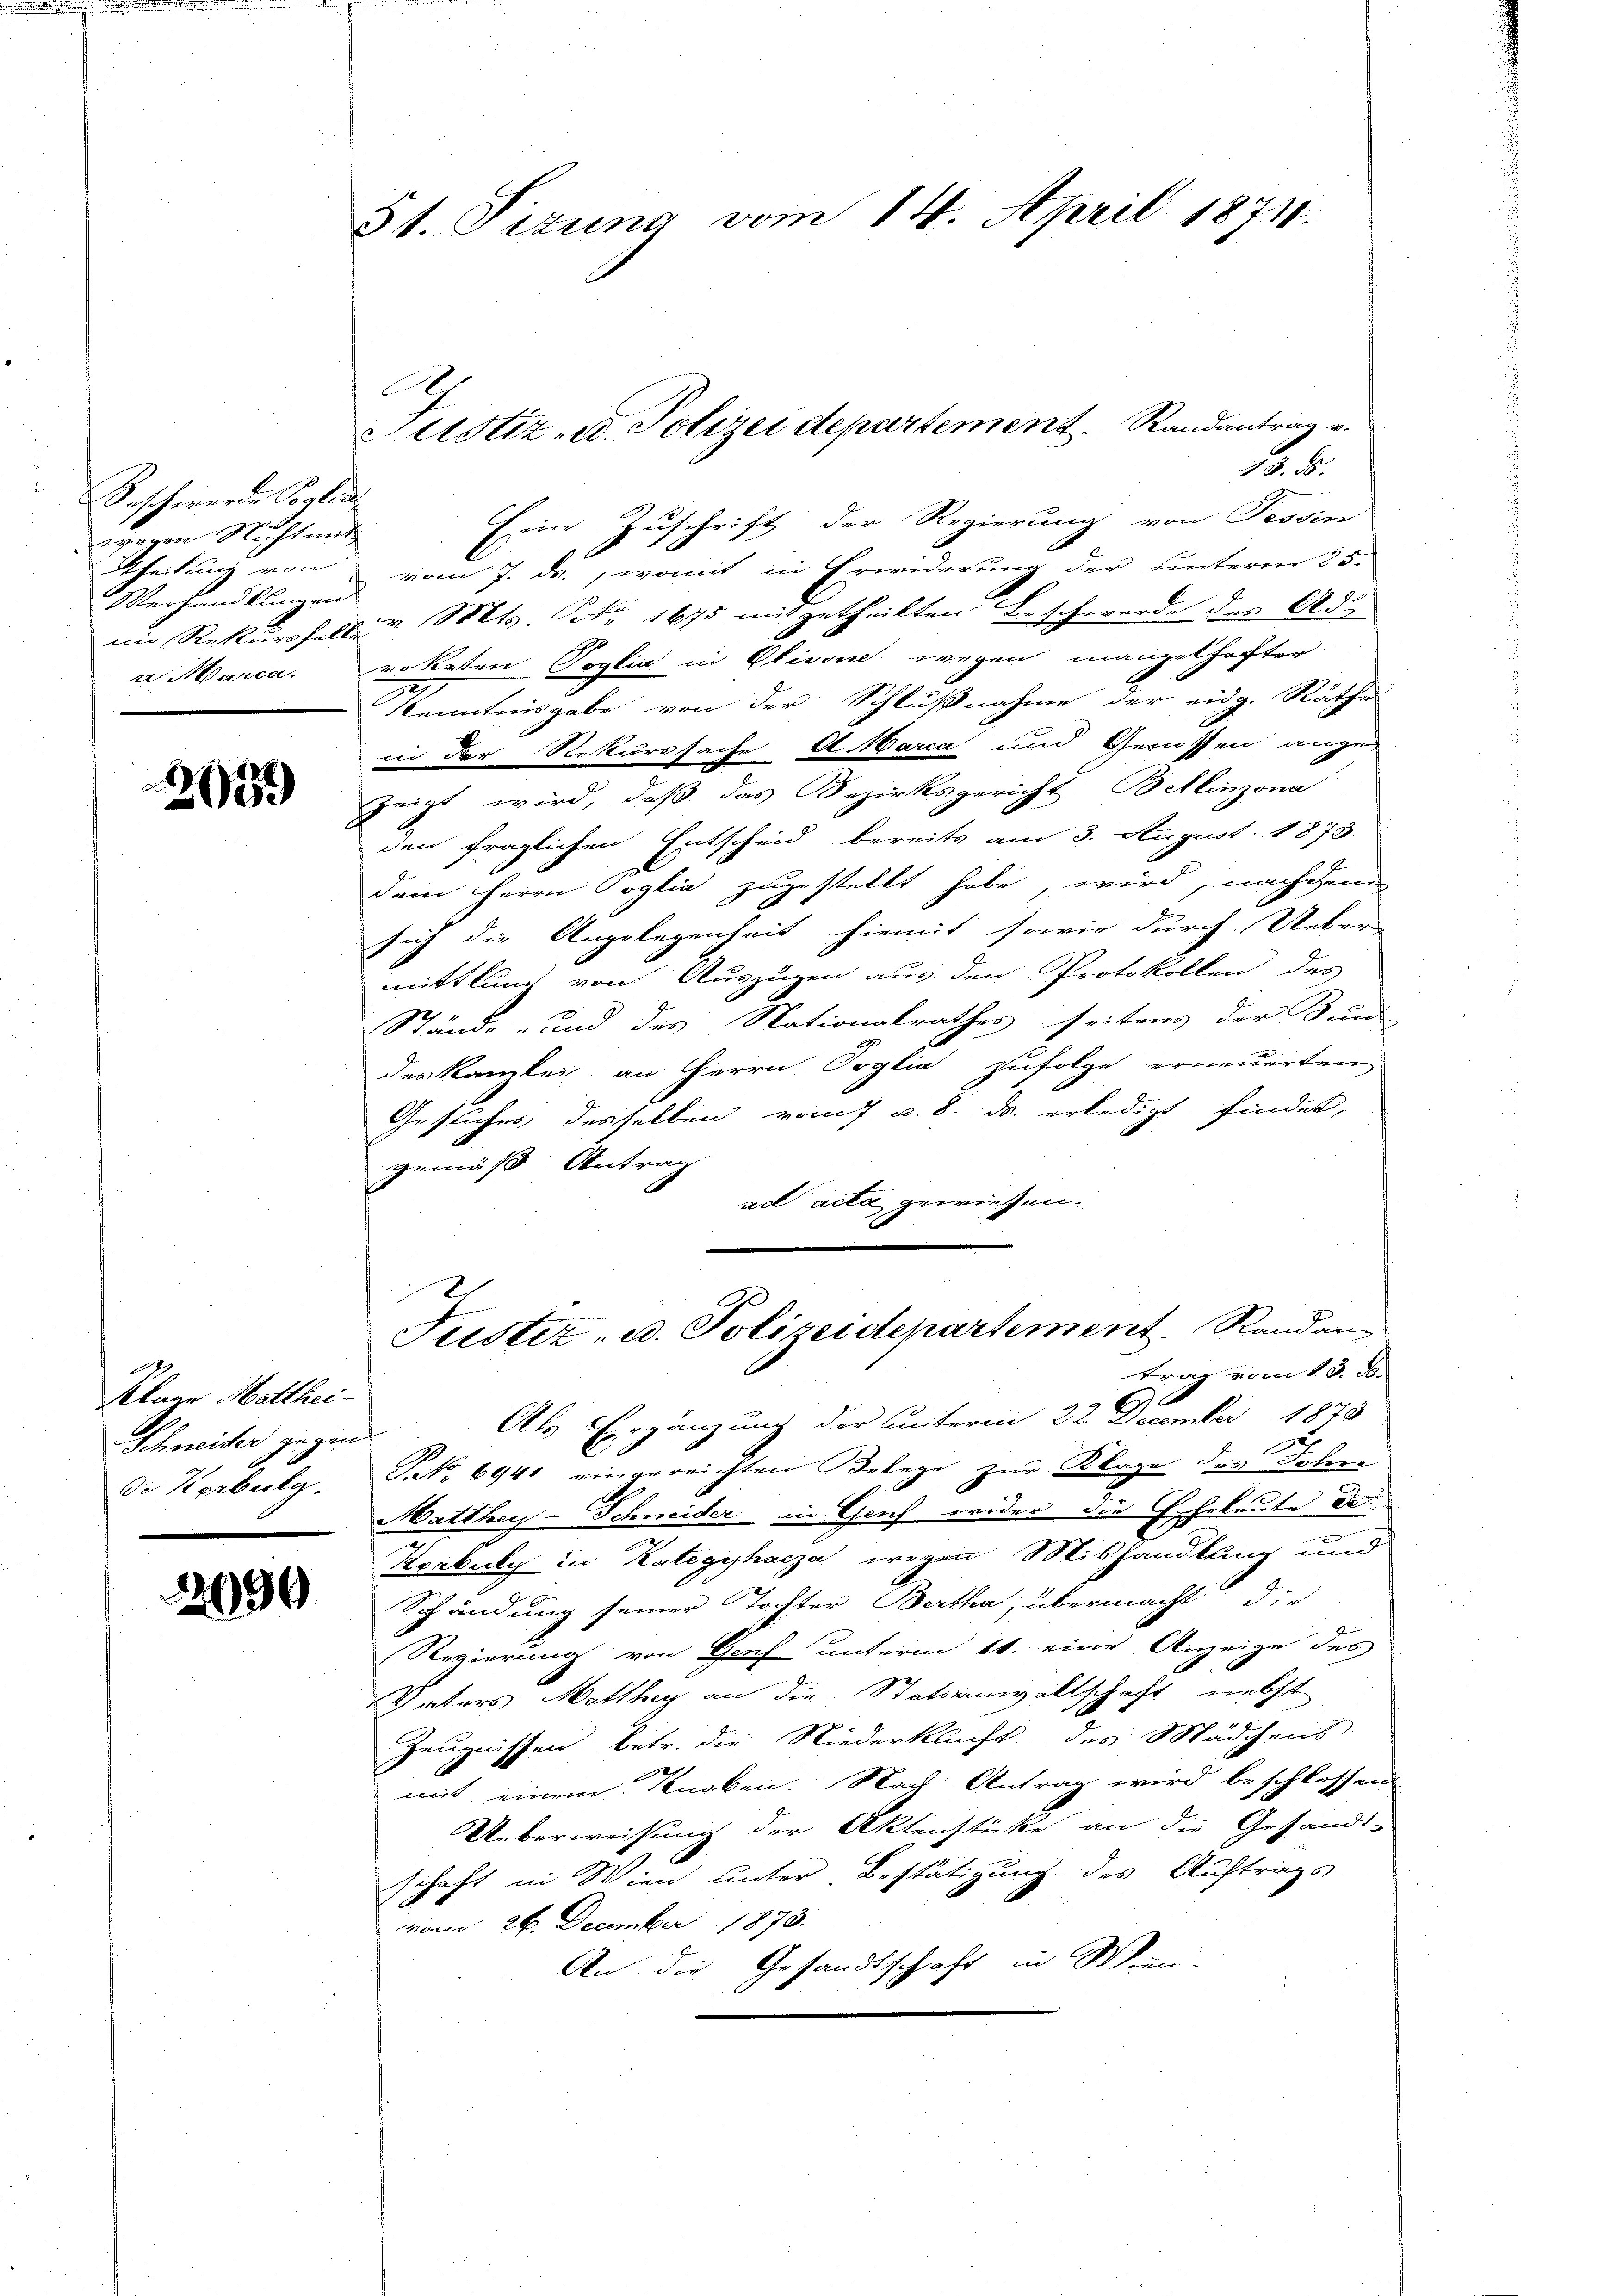
Saht werde Coglich
wegen Nichtende
Theilung von
Verhandlungen
a Marca.

.
205

Klage Mitthei¬
Schneider gegen
Di Kerbulg

290

St. Sizung vom 14. April 1874.

13. 5.
Eine Zuschrift der Regierung von Tessin
vom 7. ds. womit in Erwiderung der unterm 25.
in Rekursferten. Mts. No. 1675 mitgetheilten Beschwerde der Ado
rokaten Voglia in Olivone wegen mangelhafter
Kenntnisgabe von der Schlußnahme der eidg. Räthe
in der Rekurssache A. Marca und Genüssen ange
zeigt wird, daß das Bezirksgericht Bellinzona
den fraglichen Entscheid bereits am 3. August 1873
dem Herrn Coglia zugestellt habe, wird, nachdem
sich die Angelegenheit hiemit sowie durch Ueber
mittlung von Auszügen aus den Protokollen des
Stände und des Nationalrathes seitens der Sand
des Kanzlei an Herrn. Soglia zufolge erneuerten
Gesuches desselben vom 7 v. 8. ds. erledigt findet,
gemäß Antrag
ad acta gewiesen.
e
Justiz- u. Polizeidepartement. Randam
trag vom 13. d.
Als Ergänzung der unterm 22. December 1878
TNNo. 694 eingereichten Belege zur Klage des Sohne
Matthey-Schneider in Genf wider die Eheleute der
Korbuly in Kategyhacza wegen Mishandlung und
Schändung seiner Tochter Bertha, übermacht die
Regierung von Genf unterm 11. eine Anzeige des
Vaters Mitthey an die Statsanwaltschaft nebst
Zeugnissen betr. die Niederklucht des Mädchens
e
mit einem Knaben. Nach Antrag wird beschlossen
Ueberweisung der Aktenstücke an die Gesandt-
schaft in Wien unter Bestätigung des Auftrags
vom 26. December 1873.
An die Gesandtschaft in Wein

6

Justiz- u. Polizei departement. Randantrag v.